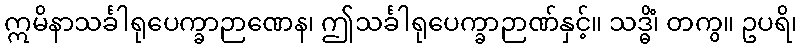
ဣမိနာသင်္ခါရုပေက္ခာဉာဏေန၊ ဤသင်္ခါရုပေက္ခာဉာဏ်နှင့်။ သဒ္ဓိံ၊ တကွ။ ဥပရိ၊